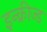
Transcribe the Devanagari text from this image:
इन्क्रीज्ड